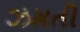
ઝમતી